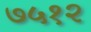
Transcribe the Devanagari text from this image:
७५१२